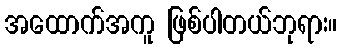
အထောက်အကူ ဖြစ်ပါတယ်ဘုရား။